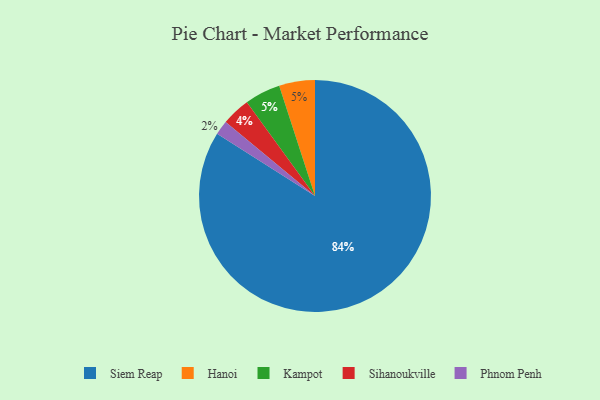
{"axis": {"x": "Category", "y": "Percentage"}, "legend": ["Hanoi", "Kampot", "Phnom Penh", "Siem Reap", "Sihanoukville"], "data": [{"x": "Phnom Penh", "y": 2, "type": "Phnom Penh"}, {"x": "Sihanoukville", "y": 4, "type": "Sihanoukville"}, {"x": "Hanoi", "y": 5, "type": "Hanoi"}, {"x": "Kampot", "y": 5, "type": "Kampot"}, {"x": "Siem Reap", "y": 84, "type": "Siem Reap"}]}